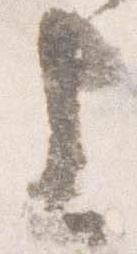
上